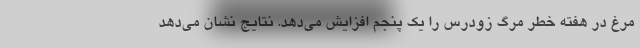
مرغ در هفته خطر مرگ زودرس را یک پنجم افزایش می‌دهد. نتایج نشان می‌دهد